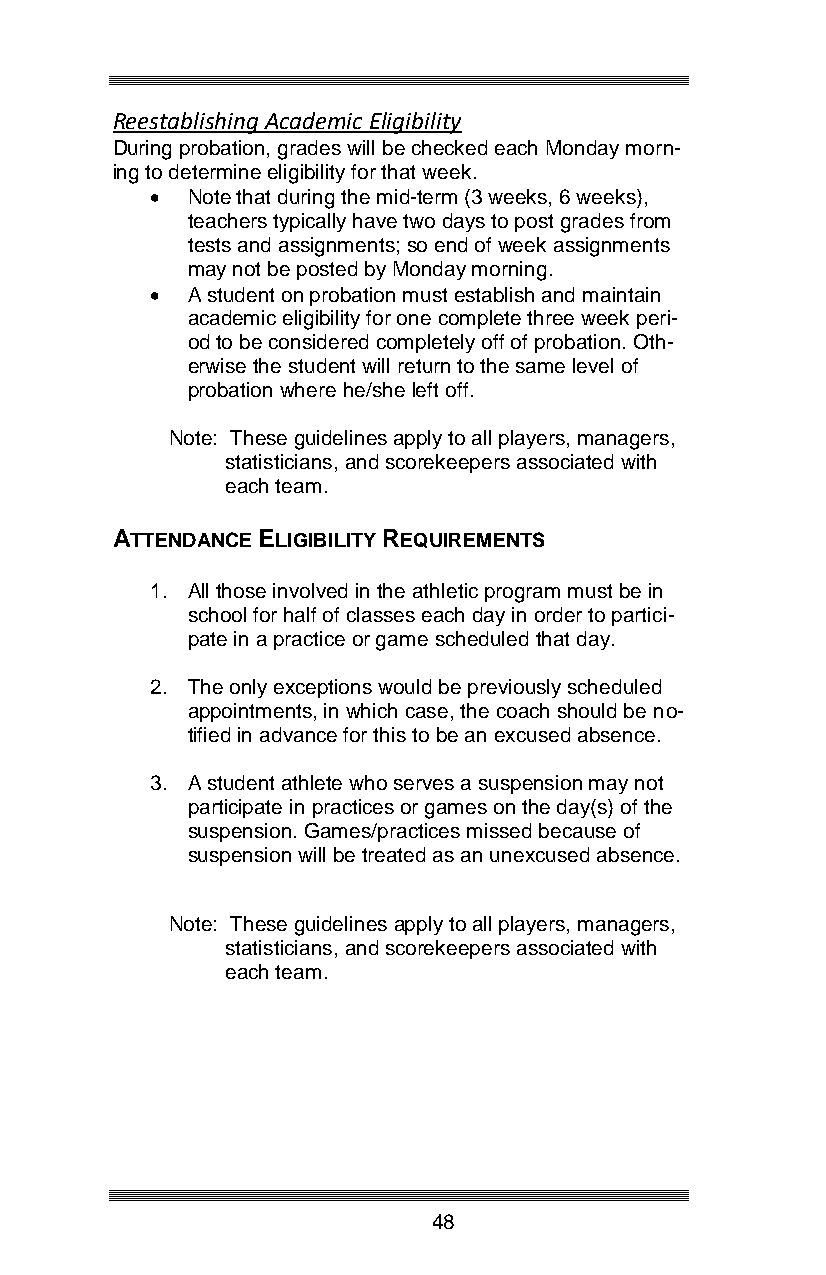
Reestablishing Academic Eligibility
 During probation, grades will be checked each Monday morn-
 ing to determine eligibility for that week.
  Note that during the mid-term (3 weeks, 6 weeks),
 teachers typically have two days to post grades from
 tests and assignments; so end of week assignments
 may not be posted by Monday morning.
  A student on probation must establish and maintain
 academic eligibility for one complete three week peri-
 od to be considered completely off of probation. Oth-
 erwise the student will return to the same level of
 probation where he/she left off.
 Note: These guidelines apply to all players, managers,
 statisticians, and scorekeepers associated with
 each team.
 ATTENDANCE ELIGIBILITY REQUIREMENTS
 1. All those involved in the athletic program must be in
 school for half of classes each day in order to partici-
 pate in a practice or game scheduled that day.
 2. The only exceptions would be previously scheduled
 appointments, in which case, the coach should be no-
 tified in advance for this to be an excused absence.
 3. A student athlete who serves a suspension may not
 participate in practices or games on the day(s) of the
 suspension. Games/practices missed because of
 suspension will be treated as an unexcused absence.
 Note: These guidelines apply to all players, managers,
 statisticians, and scorekeepers associated with
 each team.
 48